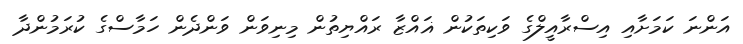
އަންނަ ކަމަށާއި އިސްރާއީލްގެ ވަކިތަކުން ޣައްޒާ ރައްޔިތުން މިނިވަން ވަންދެން ހަމާސްގެ ކުރަމުންދާ